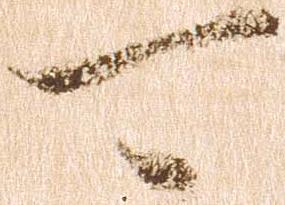
可